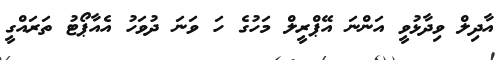
އާދިލް ވިދާޅުވީ އަންނަ އޭޕްރީލް މަހުގެ ހަ ވަނަ ދުވަހު އެއާޕޯޓު ތަރައްގީ